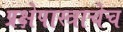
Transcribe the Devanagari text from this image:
प्रक्षेपास्त्राचेच